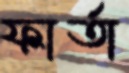
ফার্তা